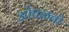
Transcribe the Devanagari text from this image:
ओघळतो